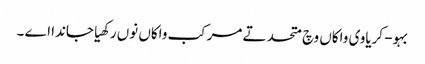
بہو- کریاوی واکاں وچ متحد تے مرکب واکاں نوں رکھیا جاندا اے ۔